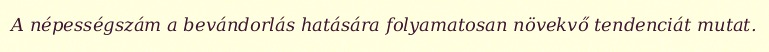
A népességszám a bevándorlás hatására folyamatosan növekvő tendenciát mutat.